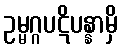
ဥမ္မဂ္ဂပဋိပန္နာမှိ